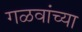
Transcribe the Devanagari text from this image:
गळवांच्या